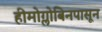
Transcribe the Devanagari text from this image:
हीमोग्लोबिनपासून